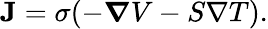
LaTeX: \mathbf{J}=\sigma(-{\boldsymbol{\nabla}}V-S\nabla T).